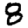
Digit: 8